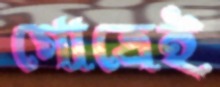
গোত্রেই